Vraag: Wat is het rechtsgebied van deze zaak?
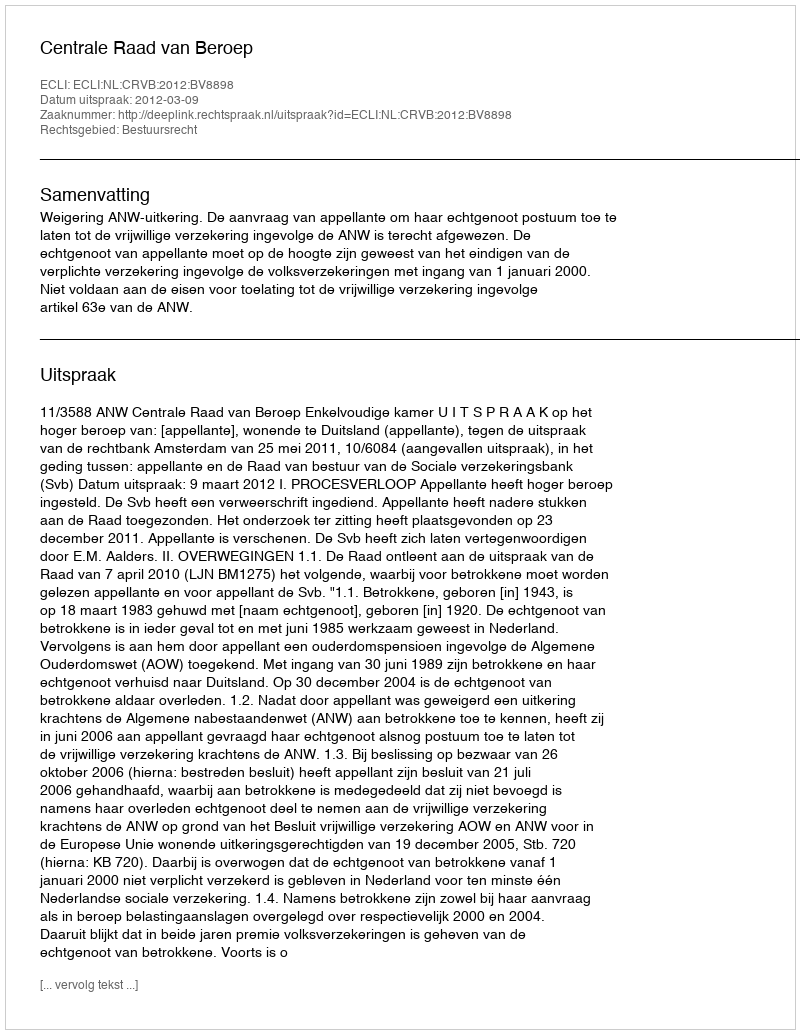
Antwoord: Bestuursrecht